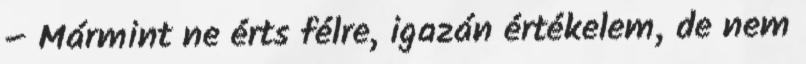
– Mármint ne érts félre, igazán értékelem, de nem